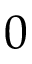
0